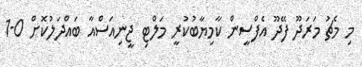
މި މެޗު މަރަދޫ ފޭދޫ އެފްސީން ކާމިޔާބުކުރީ މަލްޓި ޖީނިއަސްއާ ބައްދަލުކޮށް 0-1